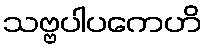
သဗ္ဗပါပကေဟိ